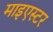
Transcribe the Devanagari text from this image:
माइएस्टर